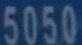
5050